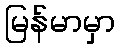
မြန်မာမှာ